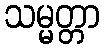
သမ္မတ္တာ